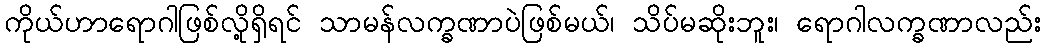
ကိုယ်ဟာရောဂါဖြစ်လို့ရှိရင် သာမန်လက္ခဏာပဲဖြစ်မယ်၊ သိပ်မဆိုးဘူး၊ ရောဂါလက္ခဏာလည်း